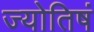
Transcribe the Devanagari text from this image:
ज्योतिषं